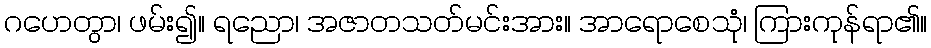
ဂဟေတွာ၊ ဖမ်း၍။ ရညော၊ အဇာတသတ်မင်းအား။ အာရောစေသုံ၊ ကြားကုန်ရာ၏။